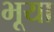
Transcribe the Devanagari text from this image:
भूया